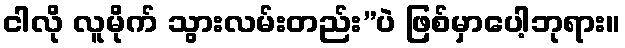
ငါလို လူမိုက် သွားလမ်းတည်း”ပဲ ဖြစ်မှာပေါ့ဘုရား။